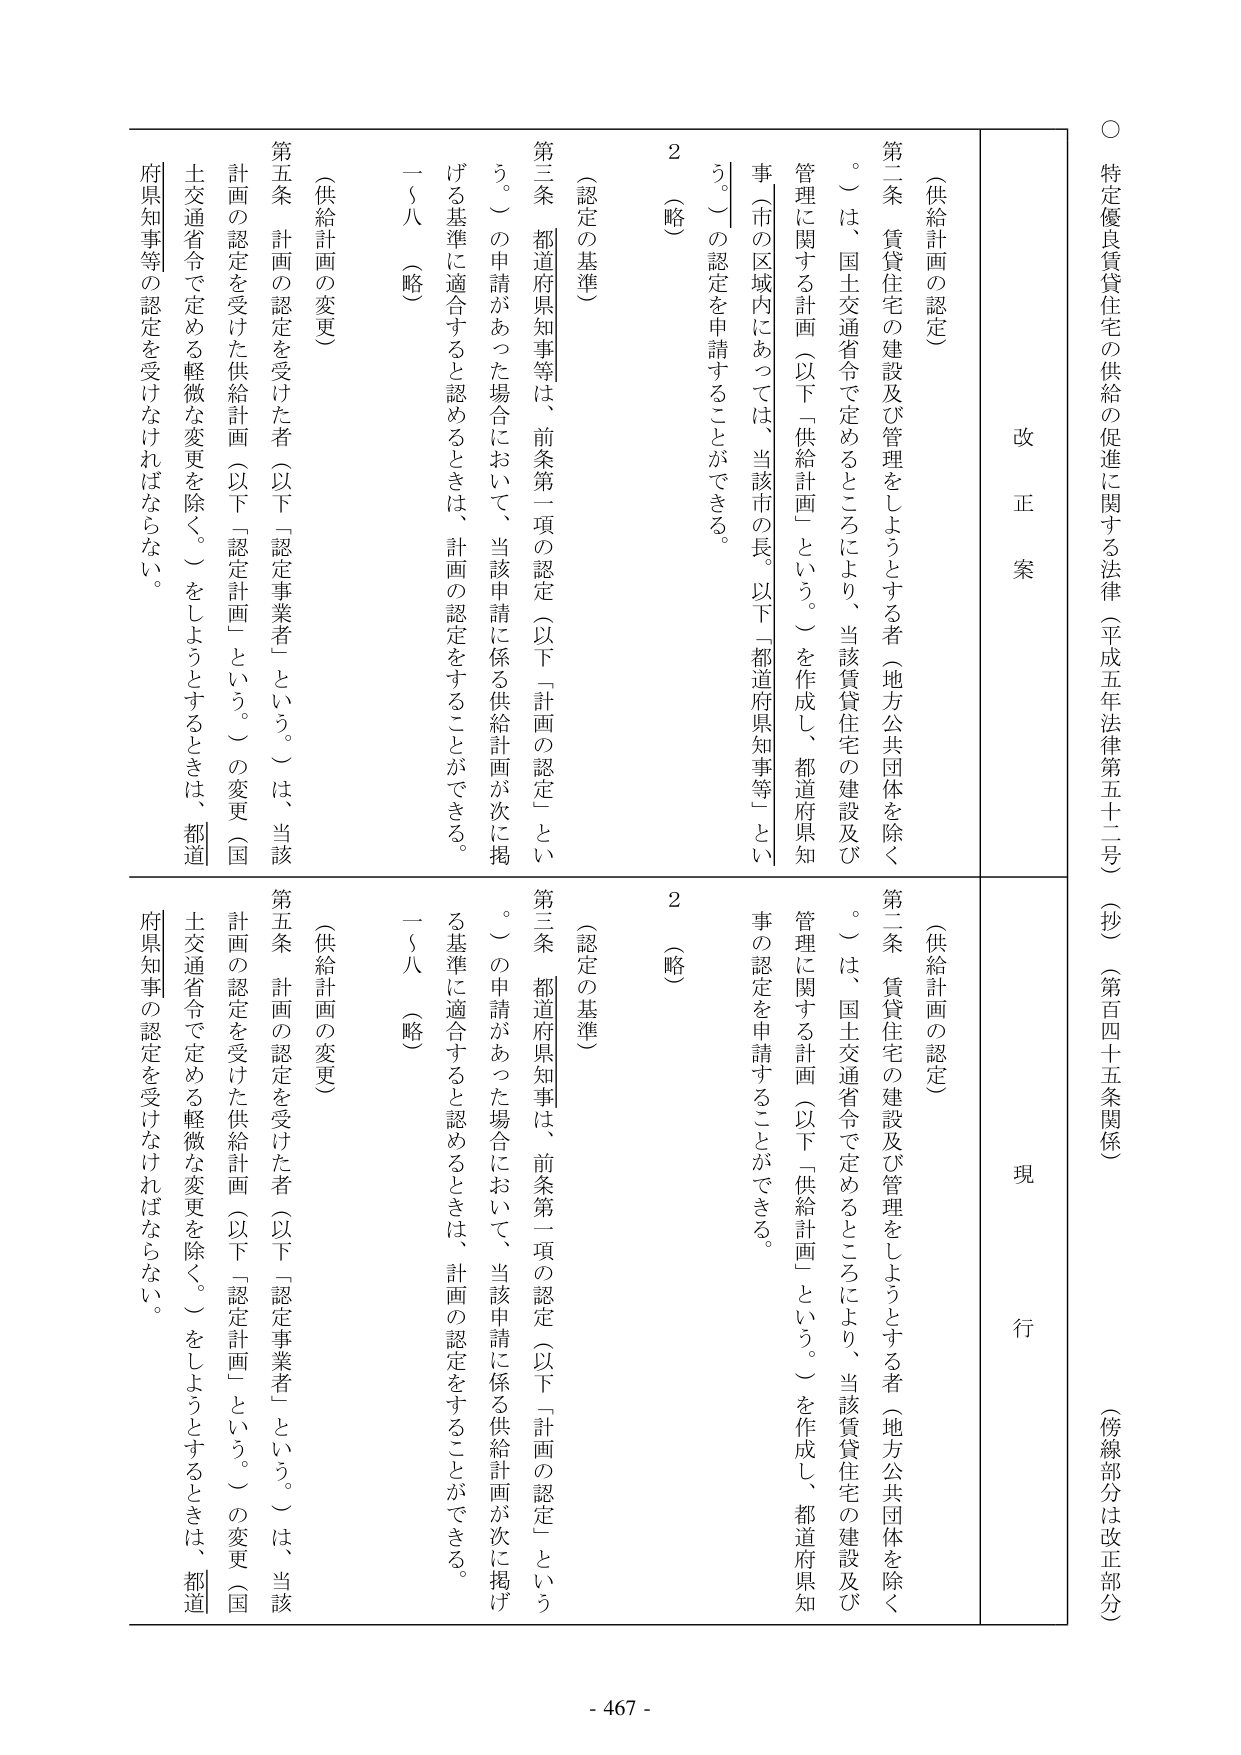
○ 特定優良賃住宅の供給の促進に関する法律（平成五年法律第五十二号）（抄）（第百四十五条関係）（傍線部分は改正部分）

改正案

（供給計画の認定）

第二条 賃貸住宅の建設及び管理をしようとする者（地方公共団体を除く。）は、国土交通省令で定めるところにより、当該賃貸住宅の建設及び管理に関する計画（以下「供給計画」という。）を作成し、都道府県知事（市の区域内にあっては、当該市の長。以下「都道府県知事等」という。）の認定を申請することができる。

2 （略）

（認定の基準）

第三条 都道府県知事等は、前条第一項の認定（以下「計画の認定」という。）の申請があった場合において、当該申請に係る供給計画が次に掲げる基準に適合すると認めるときは、計画の認定をすることができる。

一～八 （略）

（供給計画の変更）

第五条 計画の認定を受けた者（以下「認定事業者」という。）は、当該計画の認定を受けた供給計画（以下「認定計画」という。）の変更（国土交通省令で定める軽微な変更を除く。）をしようとするときは、都道府県知事等の認定を受けなければならない。

現行

（供給計画の認定）

第二条 賃貸住宅の建設及び管理をしようとする者（地方公共団体を除く。）は、国土交通省令で定めるところにより、当該賃貸住宅の建設及び管理に関する計画（以下「供給計画」という。）を作成し、都道府県知事の認定を申請することができる。

2 （略）

（認定の基準）

第三条 都道府県知事は、前条第一項の認定（以下「計画の認定」という。）の申請があった場合において、当該申請に係る供給計画が次に掲げる基準に適合すると認めるときは、計画の認定をすることができる。

一～八 （略）

（供給計画の変更）

第五条 計画の認定を受けた者（以下「認定事業者」という。）は、当該計画の認定を受けた供給計画（以下「認定計画」という。）の変更（国土交通省令で定める軽微な変更を除く。）をしようとするときは、都道府県知事の認定を受けなければならない。

- 467 -